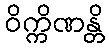
ဝိက္ကိဏန္တိ